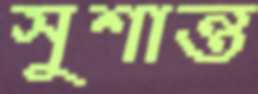
সুশান্ত